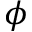
\phi